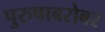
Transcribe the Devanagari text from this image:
पुरुषाबरोबर